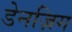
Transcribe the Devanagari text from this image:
डेनज़िग